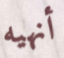
أنهيه